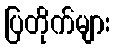
ပြတိုက်များ